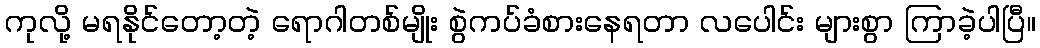
ကုလို့ မရနိုင်တော့တဲ့ ရောဂါတစ်မျိုး စွဲကပ်ခံစားနေရတာ လပေါင်း များစွာ ကြာခဲ့ပါပြီ။